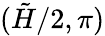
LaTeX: (\tilde{H}/2,\pi)